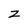
Character: z